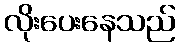
လိုးပေးနေသည်